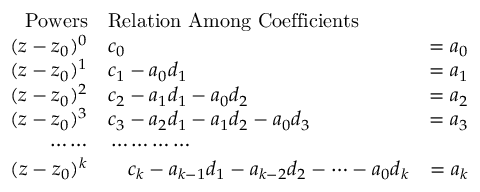
\begin{array} { r l r } { \mathrm { { P o w e r s } } } & { { } \mathrm { { R e l a t i o n \ A m o n g \ C o e f f i c i e n t s } } } & { } \\ { ( z - z _ { 0 } ) ^ { 0 } } & { { } c _ { 0 } } & { = a _ { 0 } } \\ { ( z - z _ { 0 } ) ^ { 1 } } & { { } c _ { 1 } - a _ { 0 } d _ { 1 } } & { = a _ { 1 } } \\ { ( z - z _ { 0 } ) ^ { 2 } } & { { } c _ { 2 } - a _ { 1 } d _ { 1 } - a _ { 0 } d _ { 2 } } & { = a _ { 2 } } \\ { ( z - z _ { 0 } ) ^ { 3 } } & { { } c _ { 3 } - a _ { 2 } d _ { 1 } - a _ { 1 } d _ { 2 } - a _ { 0 } d _ { 3 } } & { = a _ { 3 } } \\ { \cdots \cdots } & { { } \cdots \cdots \cdots \cdots } & { } \\ { ( z - z _ { 0 } ) ^ { k } } & { { } \, \, \, \, \, \, c _ { k } - a _ { k - 1 } d _ { 1 } - a _ { k - 2 } d _ { 2 } - \cdots - a _ { 0 } d _ { k } } & { = a _ { k } } \end{array}